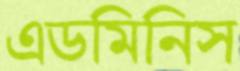
এডমিনিস